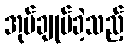
အုပ်ချုပ်ခဲ့သည့်